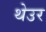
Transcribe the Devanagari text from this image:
थेउर